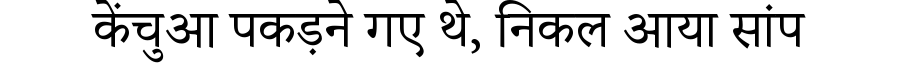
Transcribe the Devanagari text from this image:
केंचुआ पकड़ने गए थे, निकल आया सांप